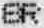
SR